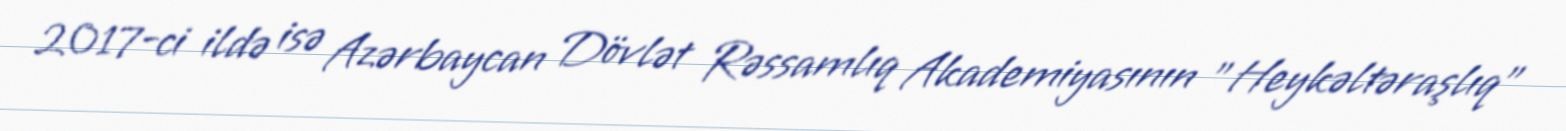
2017-ci ildə isə Azərbaycan Dövlət Rəssamlıq Akademiyasının "Heykəltəraşlıq"